Lunatic asylums Central Provinces reports 1895-1909 - 1895-1909
Year: 1895
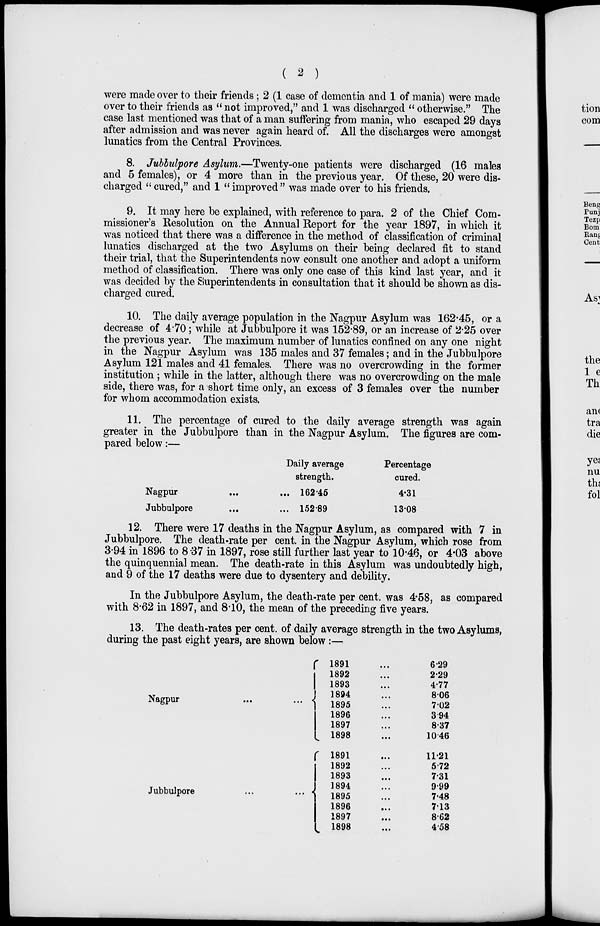
( 2 )
were made over to their friends; 2 (1 case of dementia and 1 of mania) were made
over to their friends as " not improved," and 1 was discharged " otherwise." The
case last mentioned was that of a man suffering from mania, who escaped 29 days
after admission and was never again heard of. All the discharges were amongst
lunatics from the Central Provinces.
8. Jubbulpore Asylum.—Twenty-one patients were discharged (16 males
and 5 females), or 4 more than in the previous year. Of these, 20 were dis-
charged " cured," and 1 "improved" was made over to his friends.
9. It may here be explained, with reference to para. 2 of the Chief Com-
missioner's Resolution on the Annual Report for the year 1897, in which it
was noticed that there was a difference in the method of classification of criminal
lunatics discharged at the two Asylums on their being declared fit to stand
their trial, that the Superintendents now consult one another and adopt a uniform
method of classification. There was only one case of this kind last year, and it
was decided by the Superintendents in consultation that it should be shown as dis-
charged cured.
10. The daily average population in the Nagpur Asylum was 162.45, or a
decrease of 4.70; while at Jubbulpore it was 152.89, or an increase of 2.25 over
the previous year. The maximum number of lunatics confined on any one night
in the Nagpur Asylum was 135 males and 37 females; and in the Jubbulpore
Asylum 121 males and 41 females. There was no overcrowding in the former
institution ; while in the latter, although there was no overcrowding on the male
side, there was, for a short time only, an excess of 3 females over the number
for whom accommodation exists.
11. The percentage of cured to the daily average strength was again
greater in the Jubbulpore than in the Nagpur Asylum. The figures are com-
pared below:—
Nagpur ... ...
Jubbulpore ... ...
Daily average
strength.
162.45
152.89
Percentage
cured.
4.31
13.08
12. There were 17 deaths in the Nagpur Asylum, as compared with 7 in
Jubbulpore. The death-rate per cent. in the Nagpur Asylum, which rose from
3.94 in 1896 to 8.37 in 1897, rose still further last year to 10.46, or 4.03 above
the quinquennial mean. The death-rate in this Asylum was undoubtedly high,
and 9 of the 17 deaths were due to dysentery and debility.
In the Jubbulpore Asylum, the death-rate per cent. was 4.58, as compared
with 8.62 in 1897, and 8.10, the mean of the preceding five years.
13. The death-rates per cent. of daily average strength in the two Asylums,
during the past eight years, are shown below :—
Nagpur
...
...
Jubbulpore
...
...
1891
1892
1893
1894
1895
1896
1897
1898
1891
1892
1893
1894
1895
1896
1897
1898
6.29
2.29
4.77
8.06
7.02
3.94
8.37
10.46
11.21
5.72
7.31
9.99
7.48
7.13
8.62
4.58